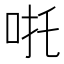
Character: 𠱹